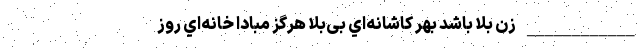
____________ زن بلا باشد بهر کاشانه‌اي بی‌بلا هرگز مبادا خانه‌اي روز